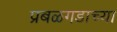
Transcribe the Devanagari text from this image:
प्रबळगडाच्या